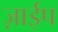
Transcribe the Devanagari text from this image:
ज़ाईप